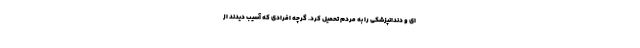
ای و دندانپزشکی را به مردم تحمیل کرد. گرچه افرادی که آسیب دیدند از